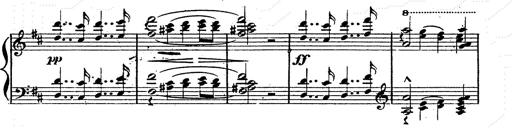
Title: Franz Schuberts geistliche Lieder
Composer: Franz Liszt